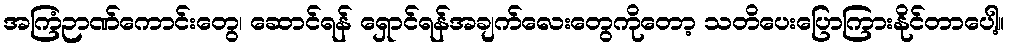
အကြံဉာဏ်ကောင်းတွေ၊ ဆောင်ရန် ရှောင်ရန်အချက်လေးတွေကိုတော့ သတိပေးပြောကြားနိုင်တာပေါ့။